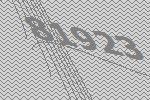
81923